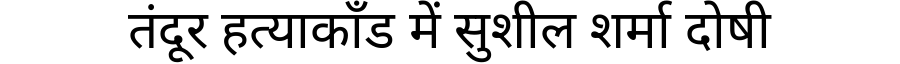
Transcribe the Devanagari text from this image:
तंदूर हत्याकाँड में सुशील शर्मा दोषी